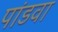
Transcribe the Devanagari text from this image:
पांडवा